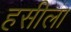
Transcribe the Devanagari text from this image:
हसीला